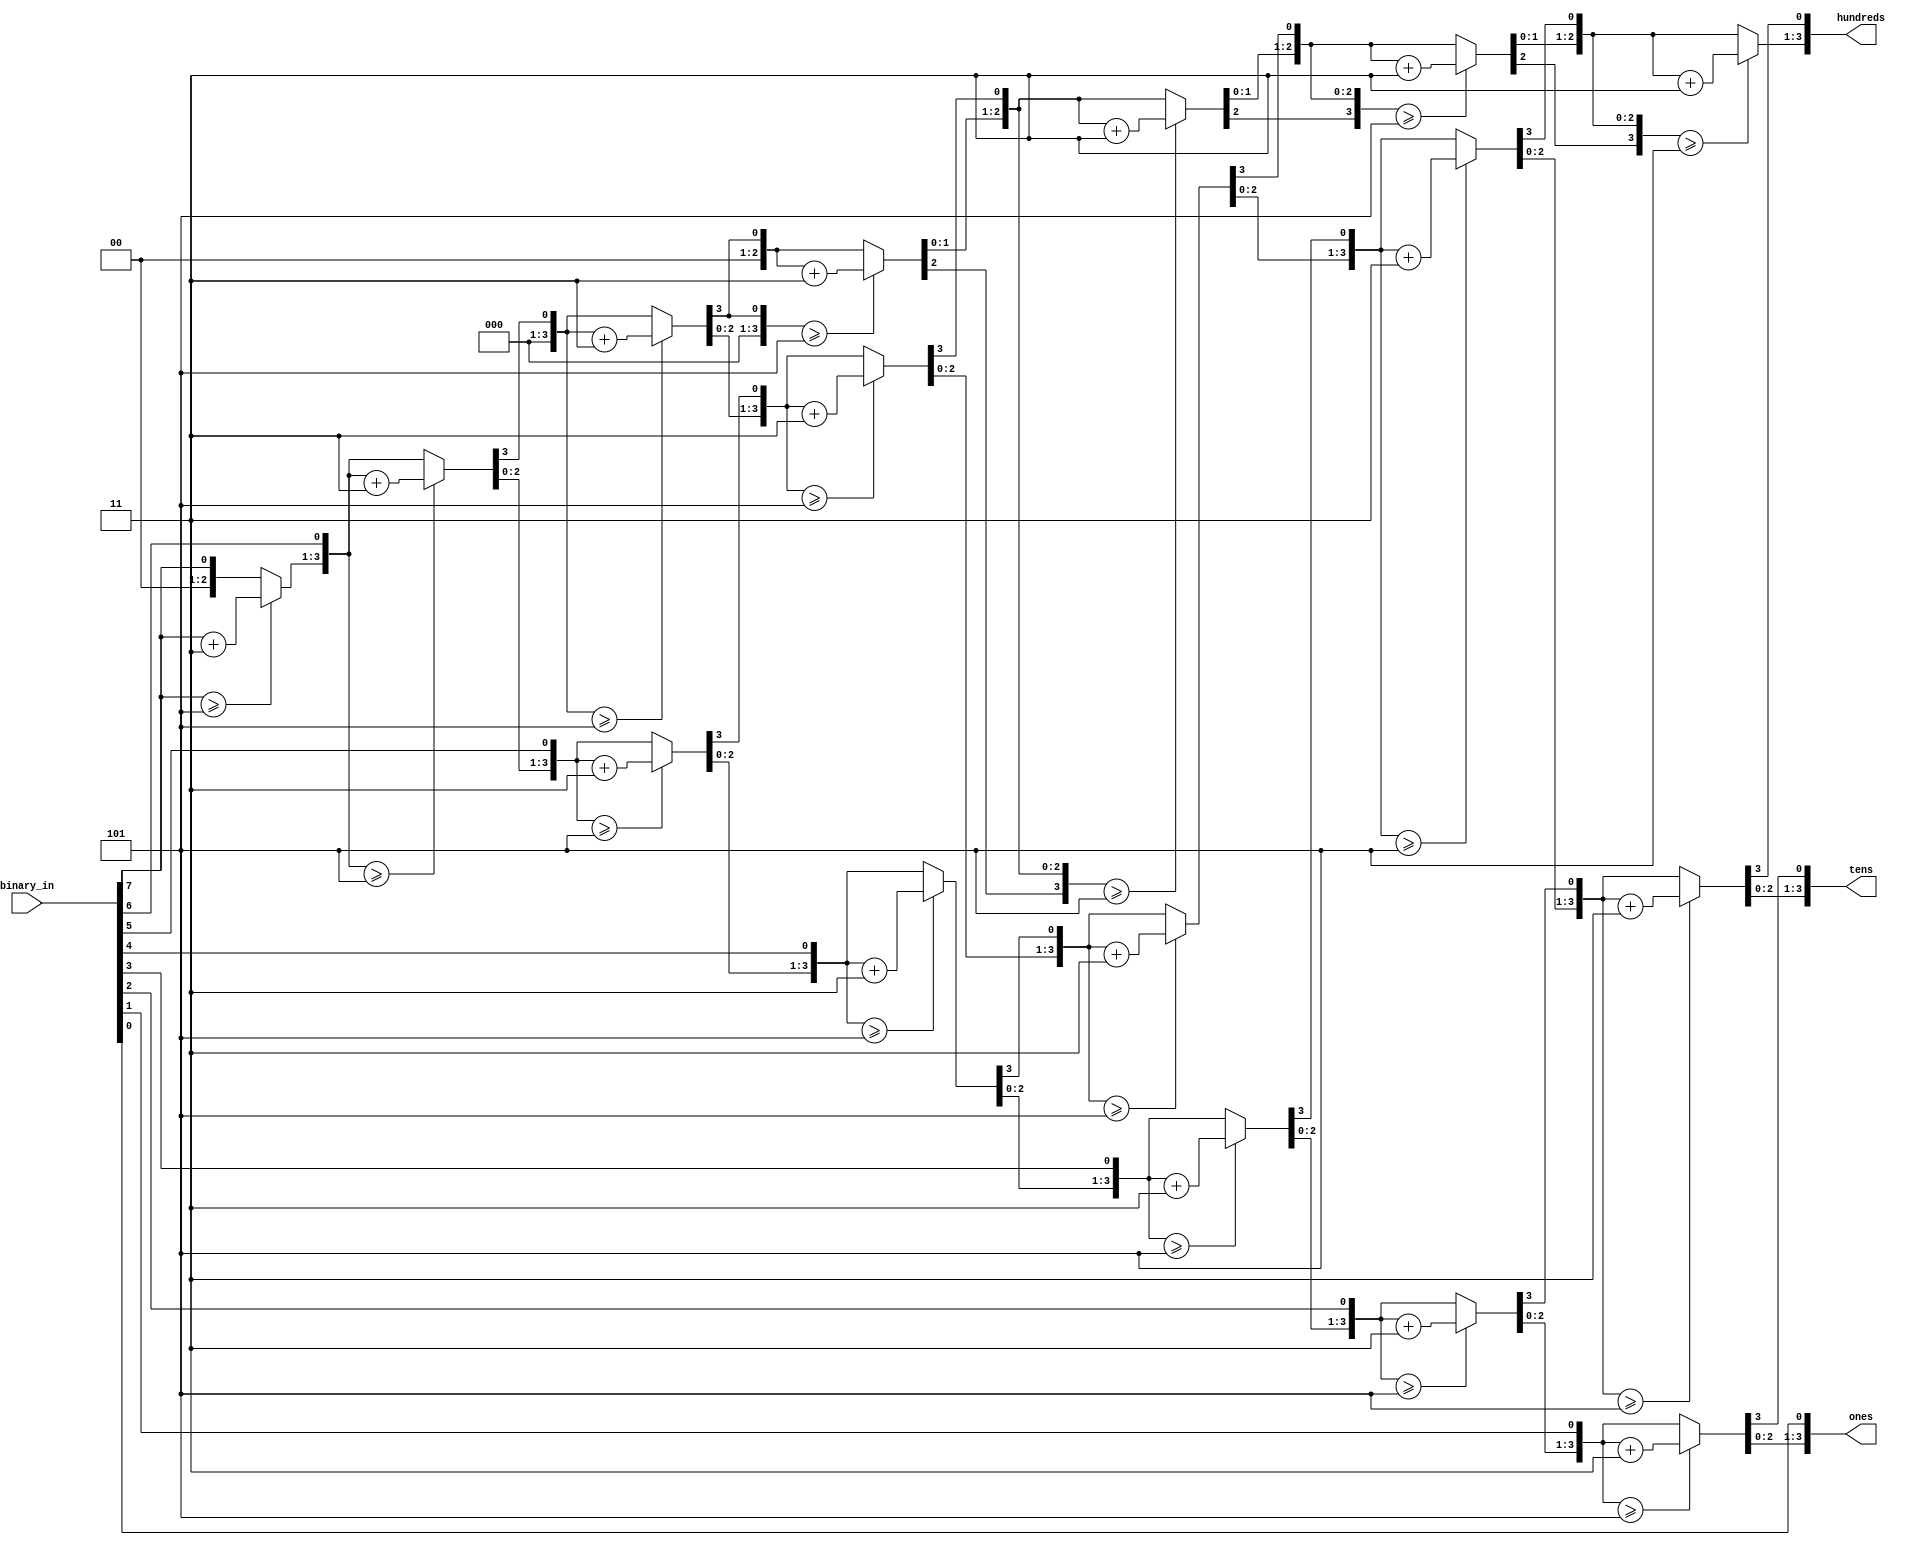
module B2BCD (
	input [7:0]binary_in,    // Clock
	output reg [3:0]hundreds,
	output reg [3:0]tens,
	output reg [3:0]ones
);

	integer i;

always @ (*) 
	begin : proc_
		hundreds =4'd0;
		tens =4'd0;
		ones =4'd0;

		for (i = 7; i >= 0; i = i -1)
		begin
				// 5
			if(hundreds >=5) 
				hundreds = hundreds + 3;
			if(tens >= 5)
				tens = tens + 3;
			if(ones >= 5) 
				ones = ones + 3;
				// 
			hundreds =hundreds<<1;
			hundreds[0] = tens[3];
			tens =tens<<1;
			tens[0] = ones[3];
			ones =ones<<1;
			ones[0] = binary_in[i];
		end 
	end


endmodule